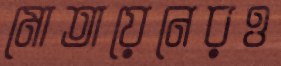
মোতায়েনেরও